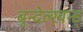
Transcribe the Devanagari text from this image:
बुन्देल्खन्ड्